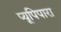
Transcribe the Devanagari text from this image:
प्यूपिपारा